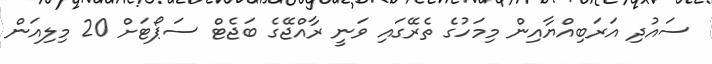
ސައުދި އަރަބިއްޔާއިން މިމަހުގެ ތެރޭގައި ވަނީ ރާއްޖޭގެ ބަޖެޓް ސަޕޯޓަށް 20 މިލިއަން